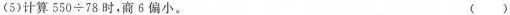
(5)计算550÷78时，商β偏小。 ( )